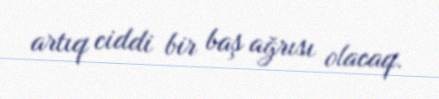
artıq ciddi bir baş ağrısı olacaq.